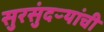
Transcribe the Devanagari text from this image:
सुरसुंदऱ्यांची